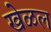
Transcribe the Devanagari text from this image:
खेळल